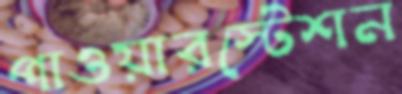
পাওয়ারস্টেশন